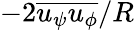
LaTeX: -2\overline{{u_{\psi}u_{\phi}}}/R